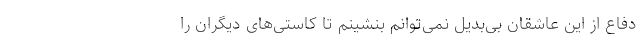
دفاع از این عاشقان بی‌بدیل نمی‌توانم بنشینم تا کاستی‌های دیگران را